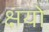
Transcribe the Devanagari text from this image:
क्षयो